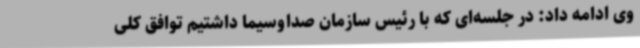
وی ادامه داد: در جلسه‌ای که با رئیس سازمان صداوسیما داشتیم توافق کلی